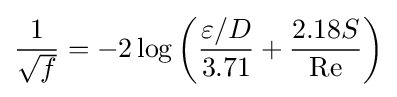
{\frac {1}{\sqrt {f}}}=-2\log \left({\frac {\varepsilon /D}{3.71}}+{2.18S \over \mathrm {Re} }\right)